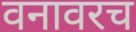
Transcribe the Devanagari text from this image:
वनावरच